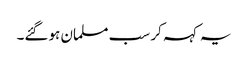
یہ کہہ کر سب مسلمان ہوگئے۔